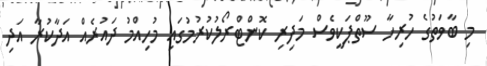
މި ބާވަތުގެ ހުރިހާ ސޫތްޕަކީވެސް މަދިރި ކޮންޓްރޯލުކުރުމުގައި މުހިއްމު ދައުރެއް އަދާކުރާ އަދި